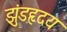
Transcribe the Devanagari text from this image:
झुंडहृदय